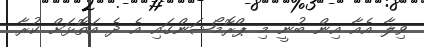
ވިލާ އެއާ އިން ބުނީ މި ޕްރޮމޯޝަންގައި އެ ދެ އަތޮޅަށް ކުރާ